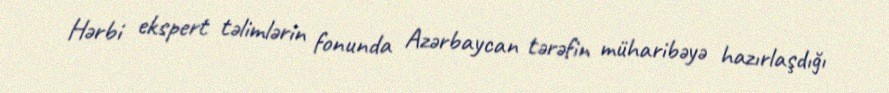
Hərbi ekspert təlimlərin fonunda Azərbaycan tərəfin müharibəyə hazırlaşdığı